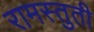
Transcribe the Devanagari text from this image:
रामस्तुती